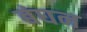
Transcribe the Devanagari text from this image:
बंघन